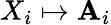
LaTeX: X_{i}\mapsto\mathbf{A}_{i}